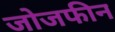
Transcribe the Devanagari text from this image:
जोजफीन